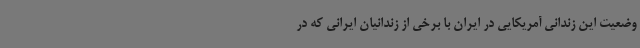
وضعیت این زندانی آمریکایی در ایران با برخی از زندانیان ایرانی که در